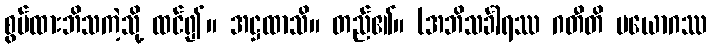
စွပ်ထားဘိသကဲ့သို့ ထင်၍။ အဋ္ဌထာသိ။ တည်၏။ (အဘိသင်္ခါရဿ ဂတီတိ ပယောဂဿ